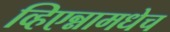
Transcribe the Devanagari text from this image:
व्हिएन्नामधेच